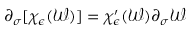
\partial _ { \sigma } [ \chi _ { \epsilon } ( \mathcal { W } ) ] = \chi _ { \epsilon } ^ { \prime } ( \mathcal { W } ) \partial _ { \sigma } \mathcal { W }